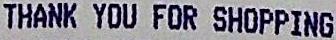
THANK YOU FOR SHOPPING